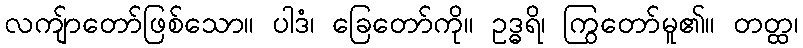
လကျ်ာတော်ဖြစ်သော။ ပါဒံ၊ ခြေတော်ကို။ ဥဒ္ဓရိ၊ ကြွတော်မူ၏။ တတ္ထ၊